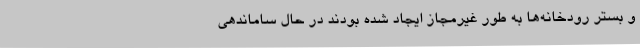
و بستر رودخانه‌ها به طور غیرمجاز ایجاد شده بودند در حال ساماندهی